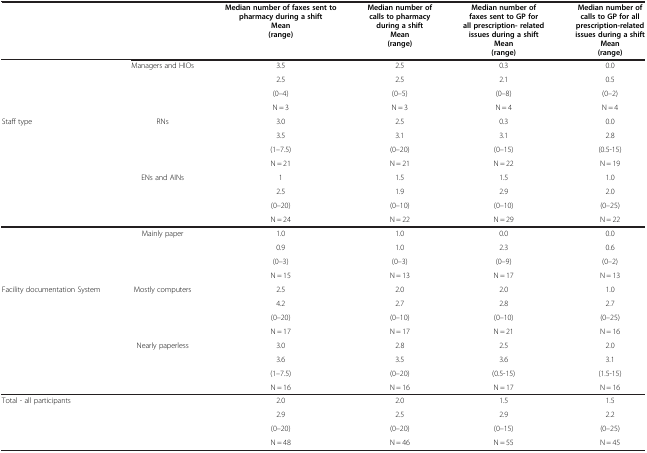
|  |  | Median number of faxes sent to pharmacy during a shift Mean (range) | Median number of calls to pharmacy during a shift Mean (range) | Median number of faxes sent to GP for all prescription- related issues during a shift Mean (range) | Median number of calls to GP for all prescription-related issues during a shift Mean (range) |
 | --- | --- | --- | --- | --- | --- |
 |  | Managers and HIOs | 3.5 | 2.5 | 0.3 | 0.0 |
 |  |  | 2.5 | 2.5 | 2.1 | 0.5 |
 |  |  | (0–4) | (0–5) | (0–8) | (0–2) |
 |  |  | N = 3 | N = 3 | N = 4 | N = 4 |
 | Staff type | RNs | 3.0 | 2.5 | 0.3 | 0.0 |
 |  |  | 3.5 | 3.1 | 3.1 | 2.8 |
 |  |  | (1–7.5) | (0–20) | (0–15) | (0.5-15) |
 |  |  | N = 21 | N = 21 | N = 22 | N = 19 |
 |  | ENs and AINs | 1 | 1.5 | 1.5 | 1.0 |
 |  |  | 2.5 | 1.9 | 2.9 | 2.0 |
 |  |  | (0–20) | (0–10) | (0–10) | (0–25) |
 |  |  | N = 24 | N = 22 | N = 29 | N = 22 |
 |  | Mainly paper | 1.0 | 1.0 | 0.0 | 0.0 |
 |  |  | 0.9 | 1.0 | 2.3 | 0.6 |
 |  |  | (0–3) | (0–3) | (0–9) | (0–2) |
 |  |  | N = 15 | N = 13 | N = 17 | N = 13 |
 | Facility documentation System | Mostly computers | 2.5 | 2.0 | 2.0 | 1.0 |
 |  |  | 4.2 | 2.7 | 2.8 | 2.7 |
 |  |  | (0–20) | (0–10) | (0–10) | (0–25) |
 |  |  | N = 17 | N = 17 | N = 21 | N = 16 |
 |  | Nearly paperless | 3.0 | 2.8 | 2.5 | 2.0 |
 |  |  | 3.6 | 3.5 | 3.6 | 3.1 |
 |  |  | (1–7.5) | (0–20) | (0.5-15) | (1.5-15) |
 |  |  | N = 16 | N = 16 | N = 17 | N = 16 |
 | Total - all participants |  | 2.0 | 2.0 | 1.5 | 1.5 |
 |  |  | 2.9 | 2.5 | 2.9 | 2.2 |
 |  |  | (0–20) | (0–20) | (0–15) | (0–25) |
 |  |  | N = 48 | N = 46 | N = 55 | N = 45 |